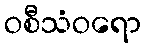
ဝစီသံဝရော